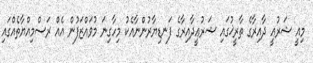
މިއީ ޝަރުޢީ ދާއިރާގެ ތާރީޚުގައި ޝަރުޢީދާއިރާގެ ފަނޑިޔާރުންނާއެކު މިހާގިނަ މުވައްޒަފުން އެއް ރަސްމިއްޔާތެއްގައި